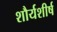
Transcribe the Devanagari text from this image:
शौर्यशीर्ष